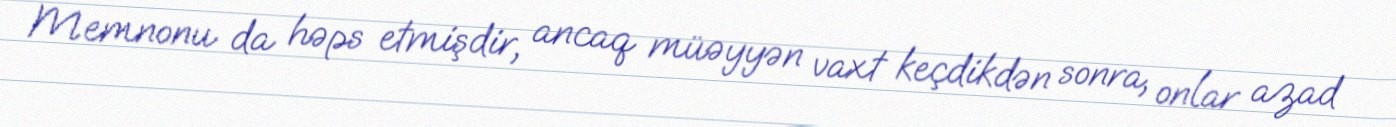
Memnonu da həps etmişdir, ancaq müəyyən vaxt keçdikdən sonra, onlar azad